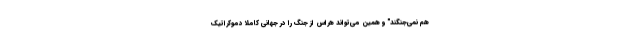
هم نمی‌جنگند" و همین می‌تواند هراس از جنگ را در جهانی کاملاً دموکراتیک